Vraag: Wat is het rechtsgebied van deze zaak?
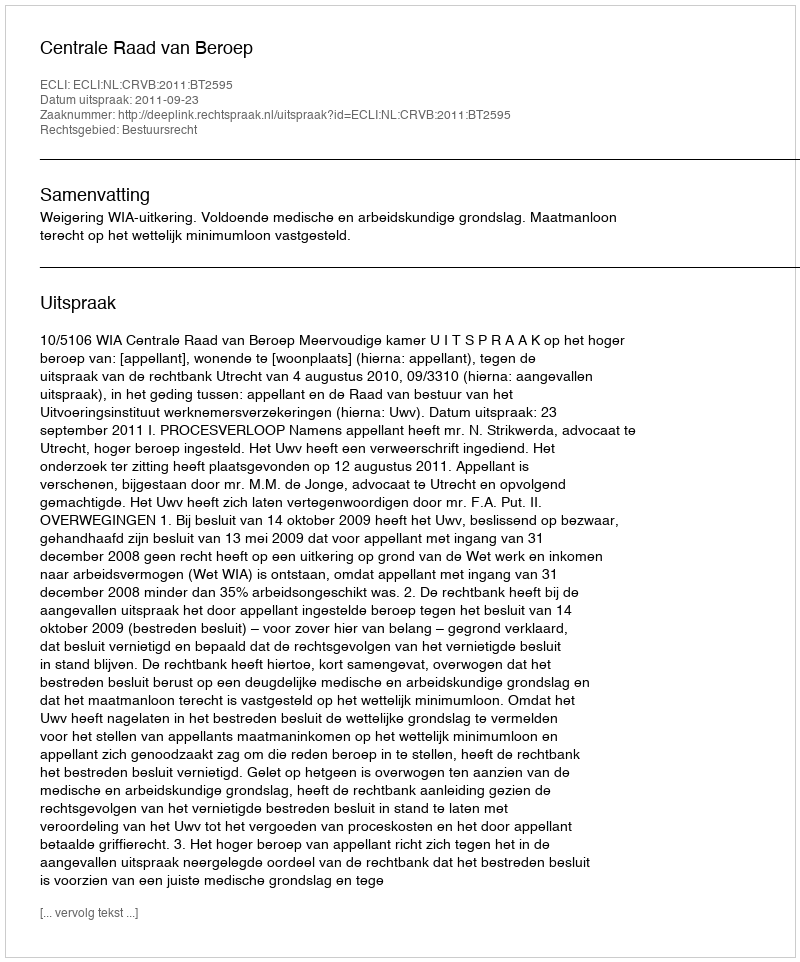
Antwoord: Bestuursrecht